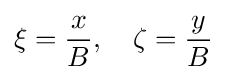
\xi ={\frac {x}{B}},\quad \zeta ={\frac {y}{B}}